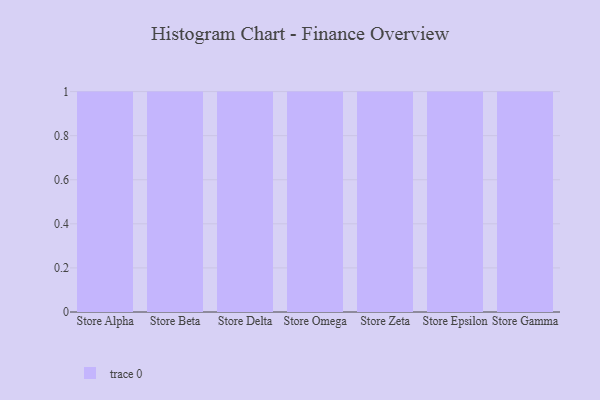
{"axis": {"x": "Store", "y": "Churn Rate (%)"}, "legend": [""], "data": [{"x": "Store Alpha", "y": 61, "type": ""}, {"x": "Store Beta", "y": 89, "type": ""}, {"x": "Store Delta", "y": 2, "type": ""}, {"x": "Store Omega", "y": 51, "type": ""}, {"x": "Store Zeta", "y": 68, "type": ""}, {"x": "Store Epsilon", "y": 34, "type": ""}, {"x": "Store Gamma", "y": 75, "type": ""}]}